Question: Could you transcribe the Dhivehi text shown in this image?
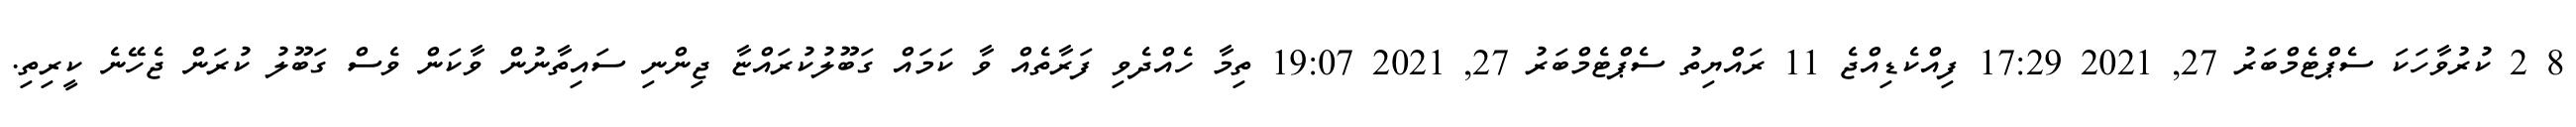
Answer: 8 2 ކުރުވާހަކަ ސެޕްޓެމްބަރު 27, 2021 17:29 ފިއްކެޑިއްޖެ 11 ރައްޔިތު ސެޕްޓެމްބަރު 27, 2021 19:07 ތިމާ ހެއްދެވި ފަރާތެއް ވާ ކަމައް ގަބޫލުކުރައްޏާ ޖިންނި ސައިތާނުން ވާކަން ވެސް ގަބޫލު ކުރަން ޖެހޭނެ ކީރިތި.